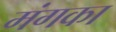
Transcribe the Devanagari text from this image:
मंगका